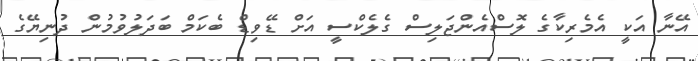
އޭނާ އަކީ އެމެރިކާގެ ލޮސްއެންޖަލިސް ގެލެކްސީ އަށް ޑޭވިޑް ބެކަމް ބަދަލުވުމުން ދުނިޔޭގެ